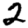
Digit: 2